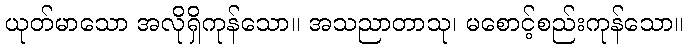
ယုတ်မာသော အလိုရှိကုန်သော။ အသညာတာသု၊ မစောင့်စည်းကုန်သော။